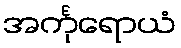
အင်္ကုရောယံ